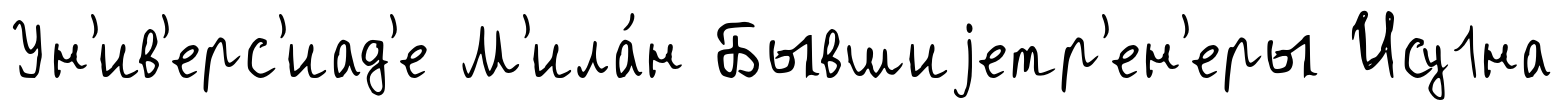
Ун'ив'ерс'иад'е М'ила́н Бывшиjетр'ен'еры Ису1на